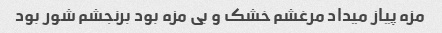
مزه پیاز میداد مرغشم خشک و بی مزه بود برنجشم شور بود